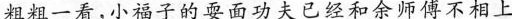
粗粗一看，小子的耍面功夫已经和余师傅不相上